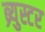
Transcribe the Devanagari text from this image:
ब्र्युस्टर